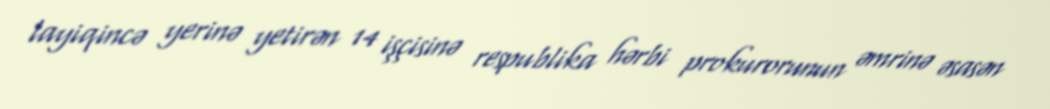
layiqincə yerinə yetirən 14 işçisinə respublika hərbi prokurorunun əmrinə əsasən